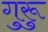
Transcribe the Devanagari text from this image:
गुरूु